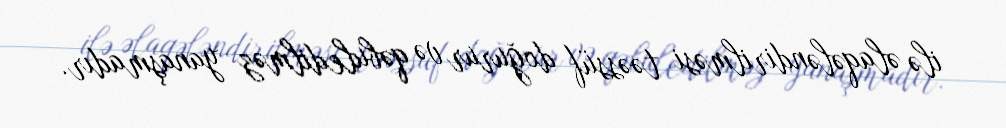
ilə əlaqələndirilməsi təəssüf doğurur və qəbuledilməz yanaşmadır.